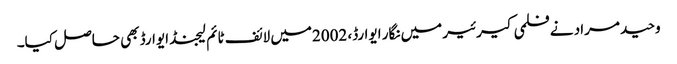
وحید مراد نے فلمی کیرئیر میں نگار ایوارڈ، 2002میں لائف ٹائم لیجنڈ ایوارڈ بھی حاصل کیا۔